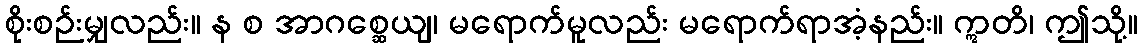
စိုးစဉ်းမျှလည်း။ န စ အာဂစ္ဆေယျ၊ မရောက်မူလည်း မရောက်ရာအံ့နည်း။ ဣတိ၊ ဤသို့။